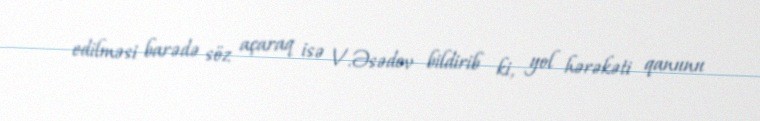
edilməsi barədə söz açaraq isə V.Əsədov bildirib ki, yol hərəkəti qanunu